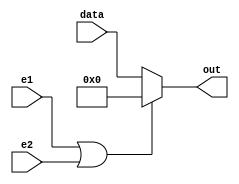
`timescale 1ns / 1ps
//////////////////////////////////////////////////////////////////////////////////
// Company:        MossbauerLab, EasySoft
// 
// Design Name: 
// Module Name:    SN74LS365
// Project Name:   sm2201_interface_board
// Target Devices: 
// Tool versions:  Quartus 12.1 sp1
// Description:    An implementation of chip SN74LS365 / 366 (buffers /inverters)
//                 365 if INVERTED_OUTPUT is 0, 366 if INVERTED_OUTPUT is 1
//
// Dependencies: 
//
// Revision: 
// Revision 1.0
// Additional Comments: Analog of 55510 / 6
//
//////////////////////////////////////////////////////////////////////////////////

module SN74LS365 #
(
    parameter INVERTED_OUTPUT = 0
)
(
    input wire e1,
    input wire e2,
    input wire [5:0] data,
    output wire [5:0] out 
);

wire ena = e1 | e2;
wire [5:0] data_res;
assign data_res = INVERTED_OUTPUT == 0 ? data : ~data;
assign out = ena == 1'b0 ? data_res : /*6'bZ;*/ 6'b000000;

endmodule